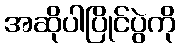
အဆိုပါပြိုင်ပွဲကို